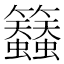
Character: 𮇀